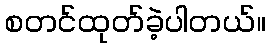
စတင်ထုတ်ခဲ့ပါတယ်။